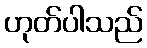
ဟုတ်ပါသည်